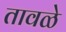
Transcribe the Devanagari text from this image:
तावळे